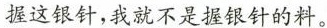
握这银针，我就不是握银针的料。